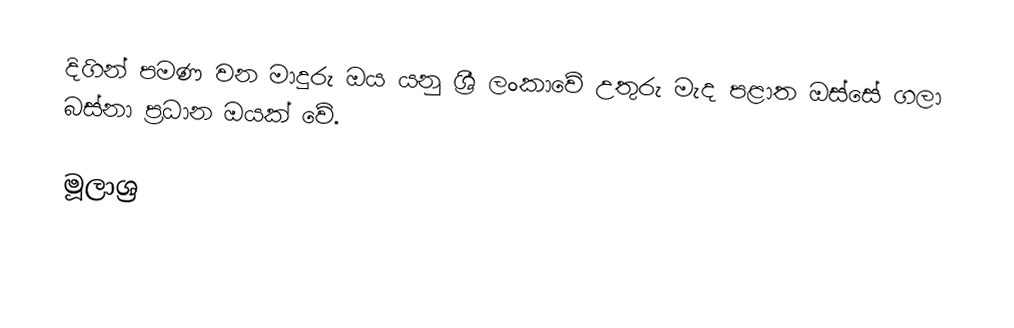
දිගින්   පමණ වන මාදුරු ඔය යනු ශ්‍රී ලංකාවේ උතුරු මැද පළාත ඔස්සේ ගලා බස්නා ප්‍රධාන ඔයක් වේ.

මූලාශ්‍ර